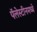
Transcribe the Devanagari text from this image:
पॅलेस्टीनमध्ये